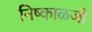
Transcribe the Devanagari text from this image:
निष्काळजी